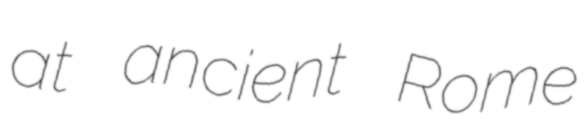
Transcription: at ancient Rome